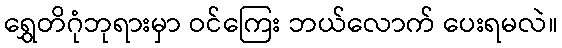
ရွှေတိဂုံဘုရားမှာ ဝင်ကြေး ဘယ်လောက် ပေးရမလဲ။